Problem: 20 + 48 = ?
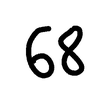
Handwritten answer: 68